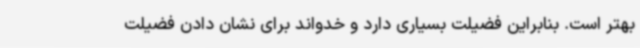
بهتر است. بنابراین فضیلت بسیاری دارد و خدواند برای نشان دادن فضیلت